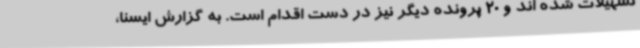
تسهیلات شده اند و 20 پرونده دیگر نیز در دست اقدام است. به گزارش ایسنا،